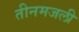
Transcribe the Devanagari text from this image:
तीनमजली